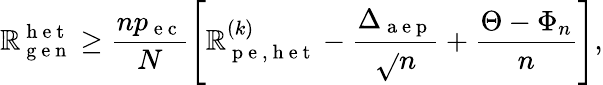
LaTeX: \mathbb{R}_{\mathrm{{~g~e~n~}}}^{\mathrm{{~h~e~t~}}}\geq\frac{{np_{\mathrm{{~e~c~}}}}}{{N}}\left[\mathbb{R}_{\mathrm{{~p~e~,~h~e~t~}}}^{(k)}-\frac{{\Delta_{\mathrm{{~a~e~p~}}}}}{{\sqrt{}{{n}}}}+\frac{{\Theta-\Phi_{n}}}{{n}}\right],